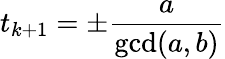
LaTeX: t_{k+1}=\pm{\frac{a}{\operatorname*{gcd}(a,b)}}